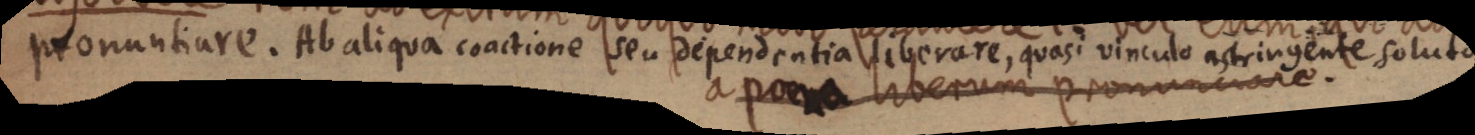
ponuntire. Nb aliqua cratimne vien vipendentia si sprare, vor alido ntiosde sorut